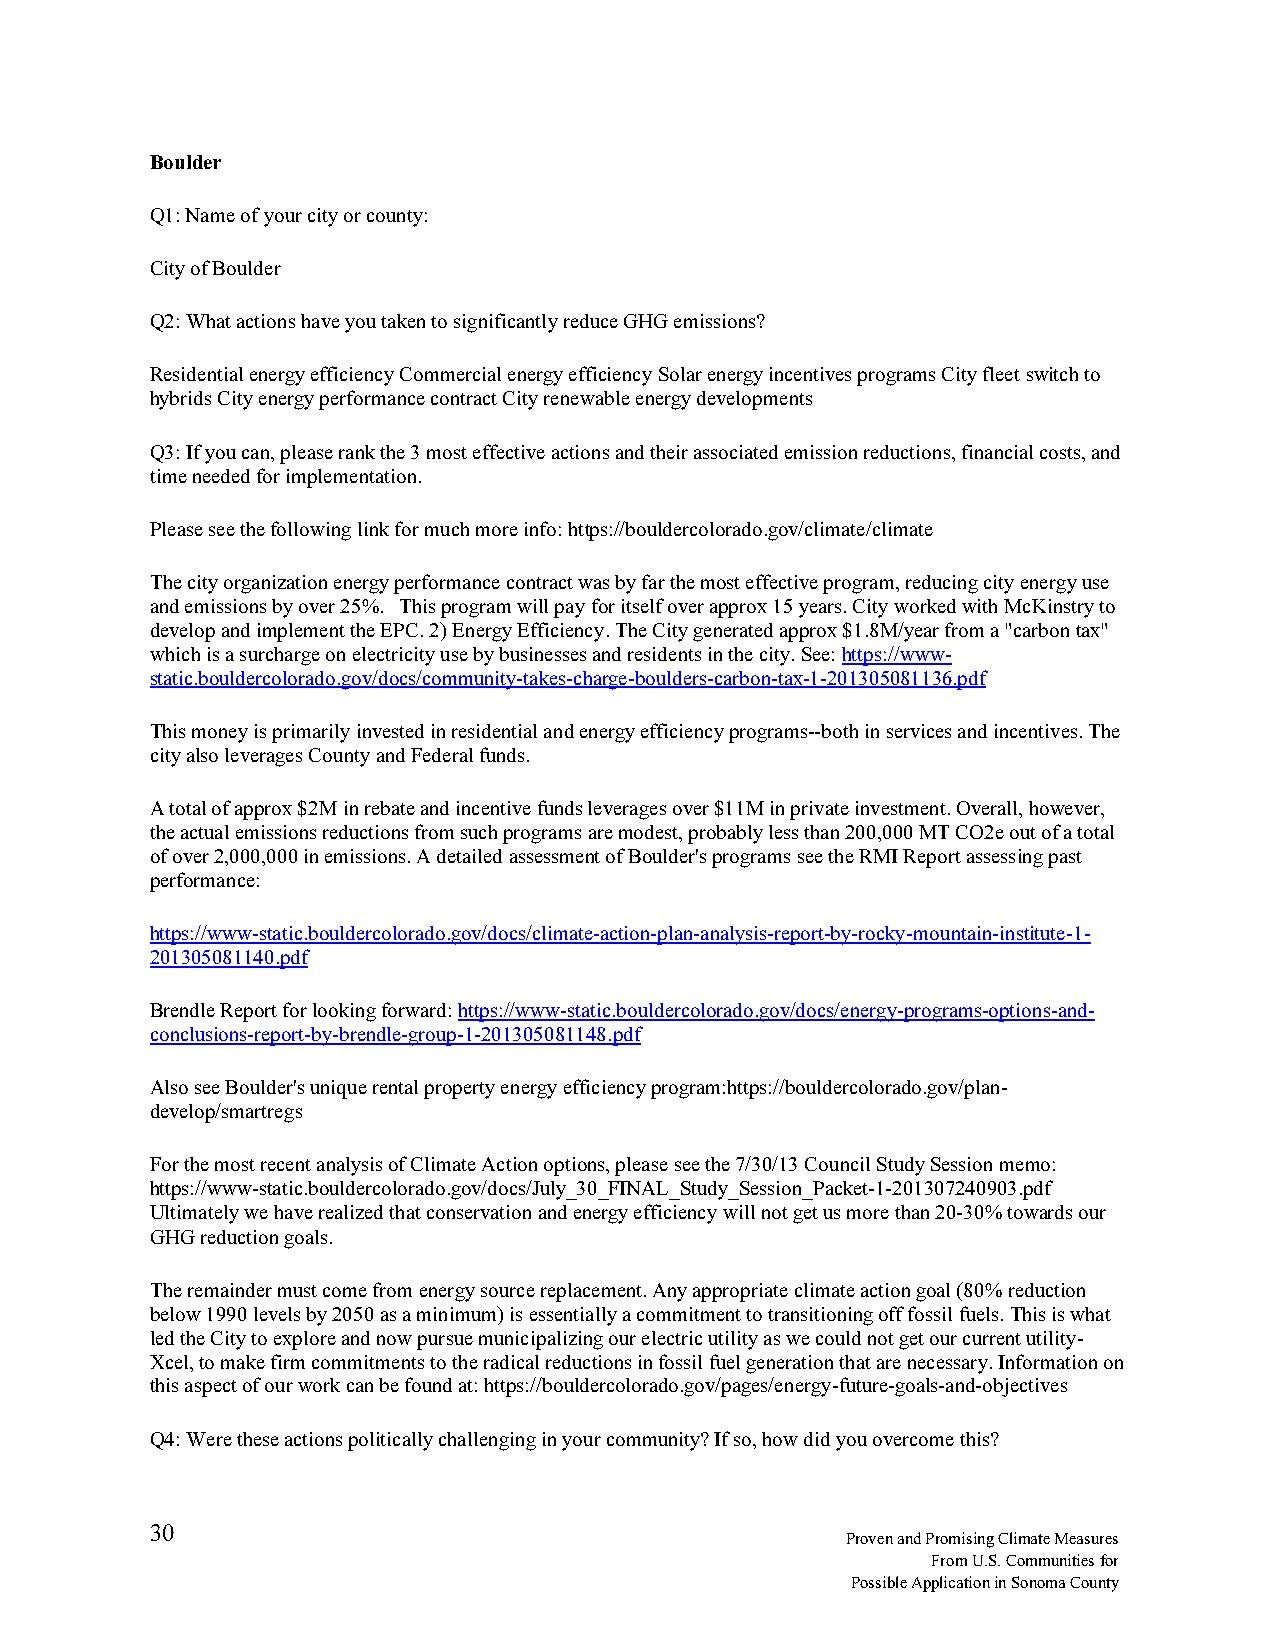
Boulder
 Q1: Name of your city or county:
 City of Boulder
 Q2: What actions have you taken to significantly reduce GHG emissions?
 Residential energy efficiency Commercial energy efficiency Solar energy incentives programs City fleet switch to
 hybrids City energy performance contract City renewable energy developments
 Q3: If you can, please rank the 3 most effective actions and their associated emission reductions, financial costs, and
 time needed for implementation.
 Please see the following link for much more info: https://bouldercolorado.gov/climate/climate
 The city organization energy performance contract was by far the most effective program, reducing city energy use
 and emissions by over 25%. This program will pay for itself over approx 15 years. City worked with McKinstry to
 develop and implement the EPC. 2) Energy Efficiency. The City generated approx $1.8M/year from a "carbon tax"
 which is a surcharge on electricity use by businesses and residents in the city. See: https://www-
 static.bouldercolorado.gov/docs/community-takes-charge-boulders-carbon-tax-1-201305081136.pdf
 This money is primarily invested in residential and energy efficiency programs--both in services and incentives. The
 city also leverages County and Federal funds.
 A total of approx $2M in rebate and incentive funds leverages over $11M in private investment. Overall, however,
 the actual emissions reductions from such programs are modest, probably less than 200,000 MT CO2e out of a total
 of over 2,000,000 in emissions. A detailed assessment of Boulder's programs see the RMI Report assessing past
 performance:
 https://www-static.bouldercolorado.gov/docs/climate-action-plan-analysis-report-by-rocky-mountain-institute-1-
 201305081140.pdf
 Brendle Report for looking forward: https://www-static.bouldercolorado.gov/docs/energy-programs-options-and-
 conclusions-report-by-brendle-group-1-201305081148.pdf
 Also see Boulder's unique rental property energy efficiency program:https://bouldercolorado.gov/plan-
 develop/smartregs
 For the most recent analysis of Climate Action options, please see the 7/30/13 Council Study Session memo:
 https://www-static.bouldercolorado.gov/docs/July_30_FINAL_Study_Session_Packet-1-201307240903.pdf
 Ultimately we have realized that conservation and energy efficiency will not get us more than 20-30% towards our
 GHG reduction goals.
 The remainder must come from energy source replacement. Any appropriate climate action goal (80% reduction
 below 1990 levels by 2050 as a minimum) is essentially a commitment to transitioning off fossil fuels. This is what
 led the City to explore and now pursue municipalizing our electric utility as we could not get our current utility-
 Xcel, to make firm commitments to the radical reductions in fossil fuel generation that are necessary. Information on
 this aspect of our work can be found at: https://bouldercolorado.gov/pages/energy-future-goals-and-objectives
 Q4: Were these actions politically challenging in your community? If so, how did you overcome this?
 30
 Proven and Promising Climate Measures
 From U.S. Communities for
 Possible Application in Sonoma County